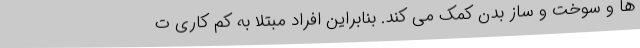
ها و سوخت و ساز بدن کمک می کند. بنابراین افراد مبتلا به کم کاری ت